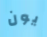
يون